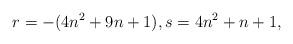
LaTeX: \begin{align*}r=-(4n^2+9n+1),s=4n^2+n+1, \end{align*}